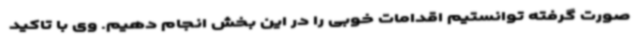
صورت گرفته توانستیم اقدامات خوبی را در این بخش انجام دهیم. وی با تاکید